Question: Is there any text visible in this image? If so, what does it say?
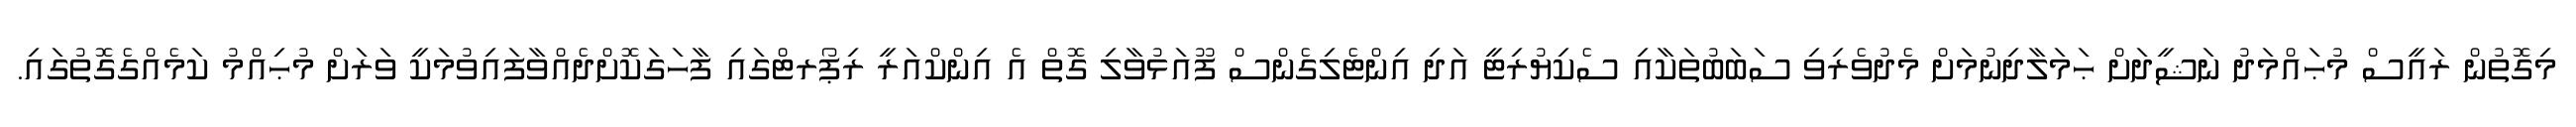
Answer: މިގޮތުން ރައީސް މުޙައްމަދު ނަޝީދަށް ޙަމަލާދިނުމަށް މެދުވެރިވި ސަބަބުތަކާއި ސެކިޔުރިޓީ އަދި އިންޓެލިގެންސް ފޫއަޅުވާލި ގޮތް އެ އިންކްއަރީ ރިޕޯރޓްގައި ފާހަގަކޮށްދެއްވާފައިވުމަކީ ވަރަށް މުޙިއްމު ކަމެއްގެގޮތުގައި.